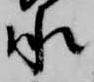
承